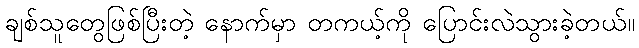
ချစ်သူတွေဖြစ်ပြီးတဲ့ နောက်မှာ တကယ့်ကို ပြောင်းလဲသွားခဲ့တယ်။